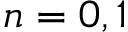
n = 0 , 1